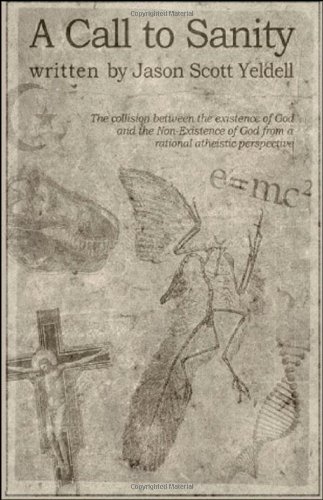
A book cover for A Call to Sanity: The Collision Between the Existence of God and the Non-Existence of God from a Rational Atheistic Perspective; Jason Scott Yeldell; Christian Books & Bibles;